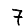
Digit: 7